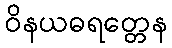
ဝိနယဓရတ္တေန